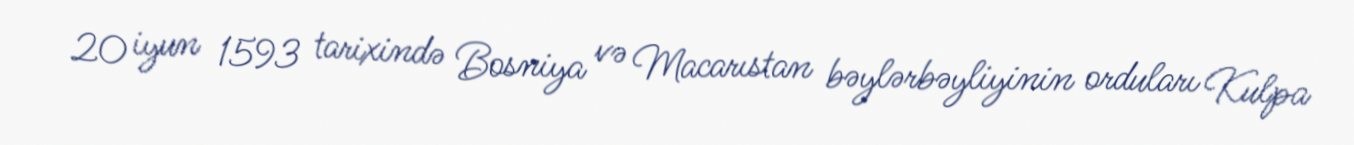
20 iyun 1593 tarixində Bosniya və Macarıstan bəylərbəyliyinin orduları Kulpa